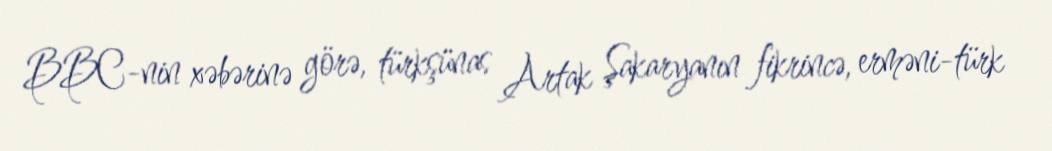
BBC-nin xəbərinə görə, türkşünas Artak Şakaryanın fikrincə, erməni-türk